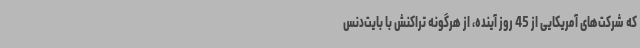
که شرکت‌های آمریکایی از 45 روز آینده، از هرگونه تراکنش با بایت‌دنس